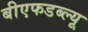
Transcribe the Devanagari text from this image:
बीएफडब्ल्यू